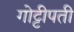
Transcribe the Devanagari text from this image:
गोट्टीपती